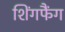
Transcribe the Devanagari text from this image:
शिंगफैंग